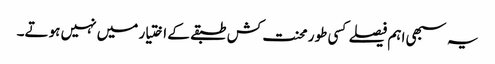
یہ سبھی اہم فیصلے کسی طور محنت کش طبقے کے اختیار میں نہیں ہوتے۔